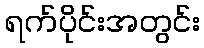
ရက်ပိုင်းအတွင်း